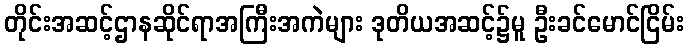
တိုင်းအဆင့်ဌာနဆိုင်ရာအကြီးအကဲများ ဒုတိယအဆင့်၌မူ ဦးခင်မောင်ငြိမ်း